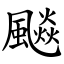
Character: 飈